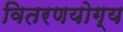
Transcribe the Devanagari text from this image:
वितरणयोग्य